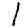
Digit: 1